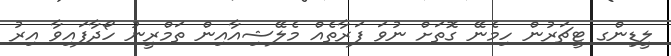
ލީޑިންގ ޓީޗަރުން ހިމެނޭ ގޮތަށް ނުވަ ފަރާތެއް މެލޭޝިއާއިން ތަމްރީނު ހޯދާފައިވާ އިރު